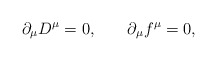
\begin{align*}\partial_{\mu} D^{\mu} =0,\,\,\,\,\,\,\,\,\,\,\,\partial_{\mu}f^{\mu}=0,\end{align*}